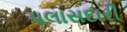
પલાસદારી